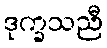
ဒုက္ခသညီ